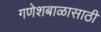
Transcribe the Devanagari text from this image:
गणेशबाळासाठी